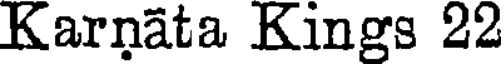
Karnata Kings 22